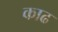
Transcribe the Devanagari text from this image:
काढ